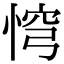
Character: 𢛙